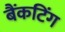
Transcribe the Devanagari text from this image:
बैंकटिंग